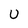
Character: u